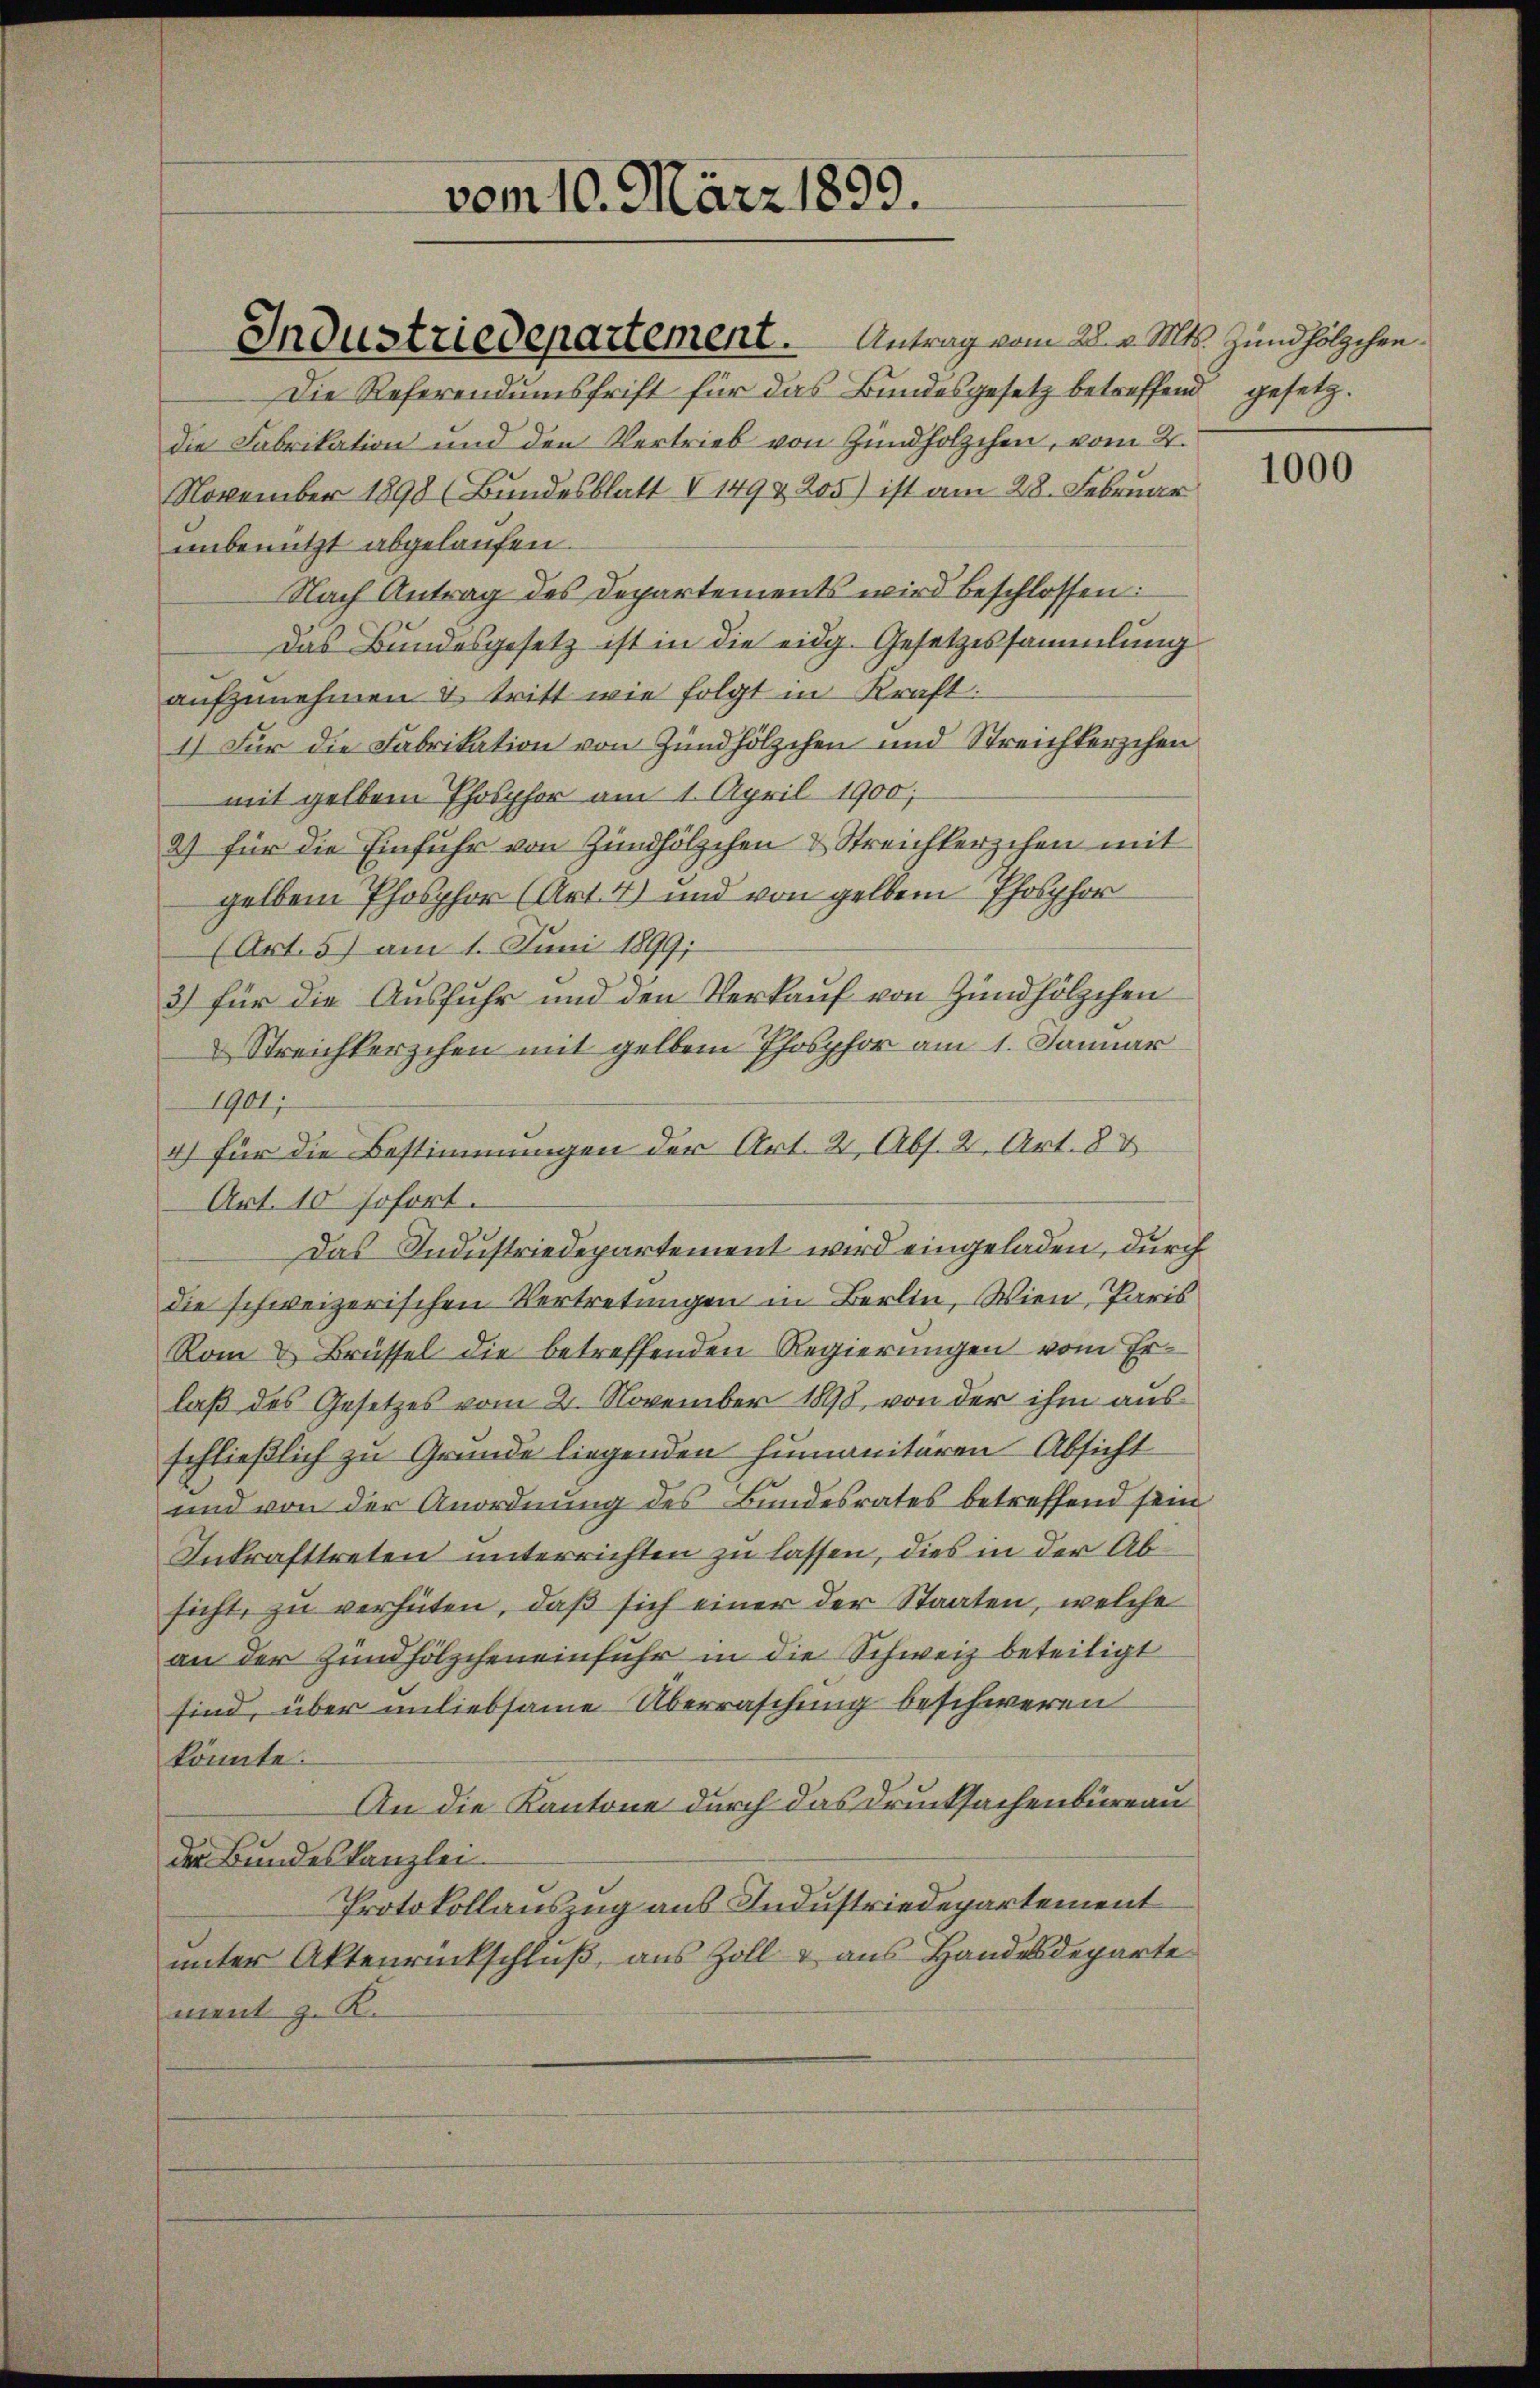
vom 10. März 1899.

Industriedepartement. Antrag vom 28. v. Mts. Zündhölzchen
Die Referendumsfrift für das Bundesgesetz betreffend gesetzdie Fabrikation und den Vertrieb von Zündholzchen, vom 2.
November 1898 (Bundesblatt V 149 & 205) ist am 28. Februar
unbenutzt abgelaufen.
Nach Antrag des Departements wird beschlossen:
das Bundesgesetz ist in die eidg. Gesetzessammlung
aufzunehmen & tritt wie folgt in Kraft:
1) Für die Fabrikation von Zündhölzchen und Streichterschen
mit gelben Phosphor am 1. April 1900,
2) für die Einfuhr von Zündhölzchen & Streichterschen mit
gelben Phosphor (Art. 4) und von gelben Phosphor
(Art. 5) am 1. Juni 1899;
3) für die Ausfuhr und den Verkauf von Zündhölzchen
 Streichkerzchen mit gelben Phosphor am 1. Januar
1901
4) für die Bestimmungen der Art. 2, Abs. 2. Art. 8 E
Art. 10 sofort.
Das Industriedepartement wird eingeladen, durch
die schweizerischen Vertretungen in Berlin, Wien, Paris
Rom & Brüssel die betreffenden Regierungen vom Erlaß des Gesetzes vom 2. November 1898, von der ihm aus
schließlich zu Grunde liegenden Humanitären Absicht
und von der Anordnung des Bundesrates betreffend sein
Inkrafttreten unterrichten zu lassen, dies in der Absicht, zu verhüten, daß sich einer der Staaten, welche
an der Zündhölzchen einfuhr in die Schweiz beteiligt
sind, über unliebsame Überraschung beschweren
könnte.
An die Kantone durch das Drucksachenbüreau
der Bundeskanzlei-
Protokollauszug aus Industriedepartement
unter Aktenrückschluß, aus Zoll & aus Handesdeparte
ment z. R.

1000